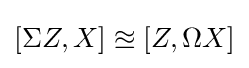
[\Sigma Z,X]\approxeq [Z,\Omega X]